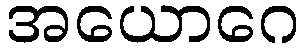
အယောဂေ